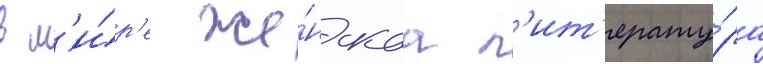
в м'и́р'е же́нскаа л'ит'ерату́ра